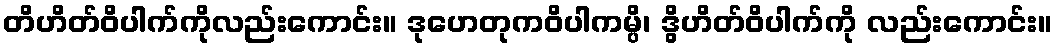
တိဟိတ်ဝိပါက်ကိုလည်းကောင်း။ ဒုဟေတုကဝိပါကမ္ပိ၊ ဒွိဟိတ်ဝိပါက်ကို လည်းကောင်း။